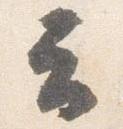
云